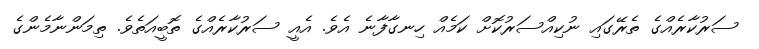
ސަރުކާރެއްގެ ތެރޭގައި ނުކިއްސަރުކޮށް ކަމެއް ހިނގާފާނެ އެވެ. އެއީ ސަރުކާރެއްގެ ތޮބީއަތެވެ. ތިމަންނާމެންގެ